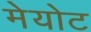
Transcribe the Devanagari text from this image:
मेयोट